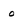
Character: o